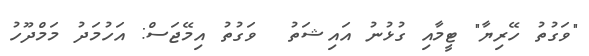
"ވަގުތު ހޭރިޔާ" ޓީމާއި ގުޅުނު އައިޝަތު  ވަގުތު އިމޭޖަސް: އަހުމަދު މަމްދޫހު